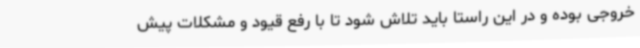
خروجی بوده و در این راستا باید تلاش شود تا با رفع قیود و مشکلات پیش